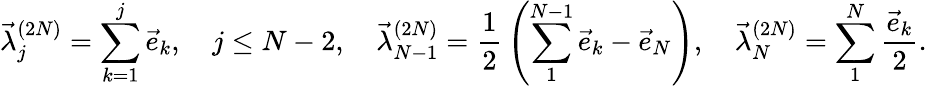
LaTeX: \vec{\lambda}_{j}^{(2N)}=\sum_{k=1}^{j}\vec{e}_{k},\quad j\leq N-2,\quad\vec{\lambda}_{N-1}^{(2N)}={\frac{1}{2}}\left(\sum_{1}^{N-1}\vec{e}_{k}-\vec{e}_{N}\right),\quad\vec{\lambda}_{N}^{(2N)}=\sum_{1}^{N}{\frac{\vec{e}_{k}}{2}}.